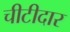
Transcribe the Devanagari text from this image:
चीटीदार